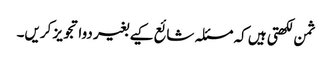
ثمن لکھتی ہیں کہ مسئلہ شائع کیے بغیر دوا تجویز کریں۔